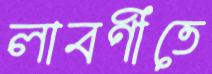
লাবণীতে